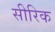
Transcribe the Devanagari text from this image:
सीरिक